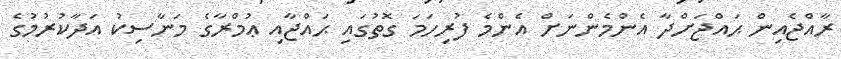
ރާއްޖެއިން ޙައްޖަށްދާ އެންމެންނަށް އެންމެ ފުރިހަމަ ގޮތުގައި ޙައްޖާއި ޢުމްރާގެ މަނާސިކު އަދާކުރުމުގެ